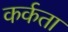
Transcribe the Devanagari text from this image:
कर्कता